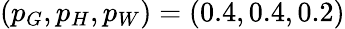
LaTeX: (p_{G},p_{H},p_{W})=(0.4,0.4,0.2)